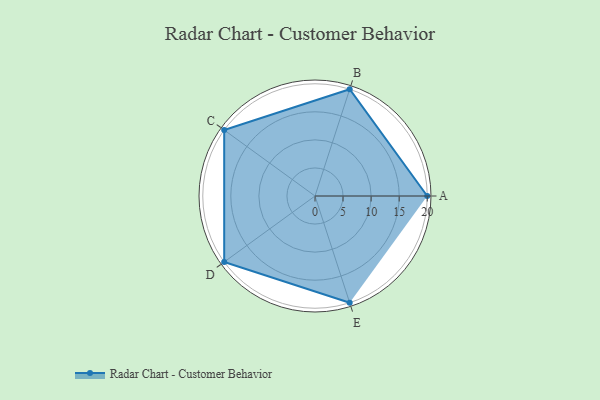
{"axis": {"x": "Skill", "y": "Score"}, "legend": ["Profile"], "data": [{"x": "A", "y": 20, "type": "Profile"}, {"x": "B", "y": 20, "type": "Profile"}, {"x": "C", "y": 20, "type": "Profile"}, {"x": "D", "y": 20, "type": "Profile"}, {"x": "E", "y": 20, "type": "Profile"}]}